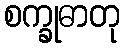
စက္ခုဓာတု